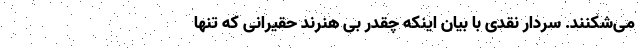
می‌شکنند. سردار نقدی با بیان اینکه چقدر بی هنرند حقیرانی که تنها